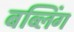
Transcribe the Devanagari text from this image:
बब्लिंग